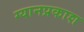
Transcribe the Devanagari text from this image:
ग्यानप्रकाश